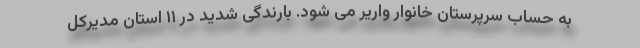
به حساب سرپرستان خانوار واریر می شود. بارندگی شدید در ۱۱ استان مدیرکل